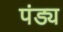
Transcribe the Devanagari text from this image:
पंड्य